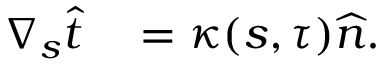
\begin{array} { r l } { \nabla _ { s } \widehat { t } } & { { } = \kappa ( s , \tau ) \widehat { n } . } \end{array}